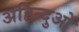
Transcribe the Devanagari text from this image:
अहिन्दुओं